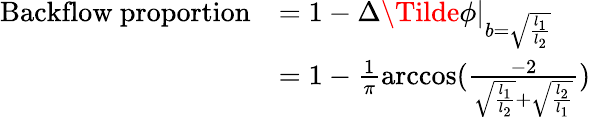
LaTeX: \begin{array}{rl}{\mathrm{Backflow~proportion}}&{=1-\Delta\Tilde{\phi}|_{b=\sqrt{\frac{l_{1}}{l_{2}}}}}\\ &{=1-\frac{1}{\pi}\operatorname{arccos}(\frac{-2}{\sqrt{\frac{l_{1}}{l_{2}}}+\sqrt{\frac{l_{2}}{l_{1}}}})}\end{array}